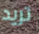
تريد